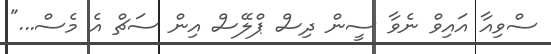
ސްވިއާ އައިވް ނެވާ ސީން ދިސް ޕްލޭސް އިން ސަޗް އެ މެސް..."